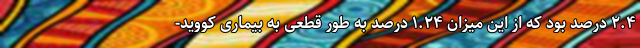
۲.۴ درصد بود که از این میزان ۱.۲۴ درصد به طور قطعی به بیماری کووید-